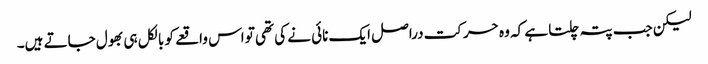
لیکن جب پتہ چلتا ہے کہ وہ حرکت دراصل ایک نائی نے کی تھی تو اس واقعے کو بالکل ہی بھول جاتے ہیں۔